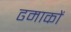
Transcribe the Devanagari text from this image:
ढमाकों